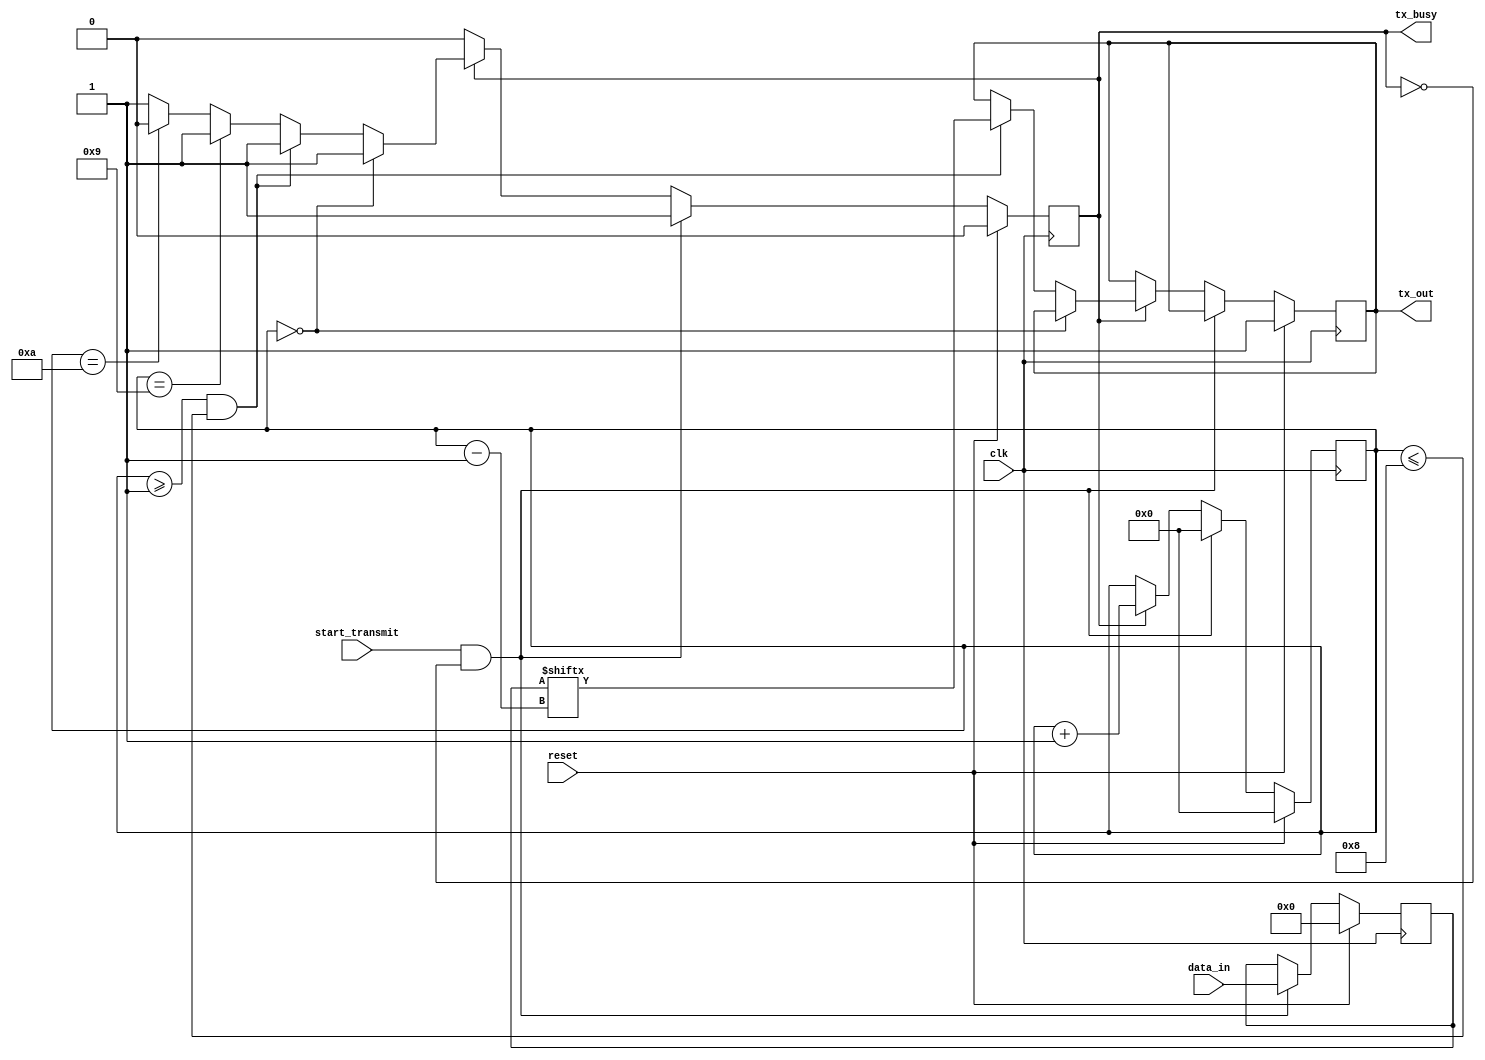
module UART_transmitter (
  input wire clk,
  input wire reset,
  input wire [7:0] data_in,
  input wire start_transmit,
  output reg tx_out,
  output reg tx_busy
);

reg [7:0] data_buffer;
reg [3:0] bit_counter;
reg tx_start_bit;
reg tx_stop_bit;

always @ (posedge clk) begin
  if (reset) begin
    data_buffer <= 8'h00;
    bit_counter <= 4'b0000;
    tx_out <= 1'b1;
    tx_busy <= 1'b0;
  end else begin
    if (start_transmit && !tx_busy) begin
      data_buffer <= data_in;
      bit_counter <= 4'b0000;
      tx_busy <= 1'b1;
    end else if (tx_busy) begin
      if (bit_counter == 4'b0000) begin
        tx_start_bit <= 1'b0;
      end else if (bit_counter >= 4'b0001 && bit_counter <= 4'b1000) begin
        tx_out <= data_buffer[bit_counter-1];
      end else if (bit_counter == 4'b1001) begin
        tx_stop_bit <= 1'b1;
      end else if (bit_counter == 4'b1010) begin
        tx_busy <= 1'b0;
      end
      bit_counter <= bit_counter + 1;
    end
  end
end

endmodule